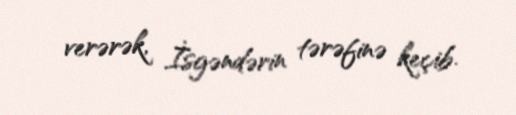
verərək, İsgəndərin tərəfinə keçib.